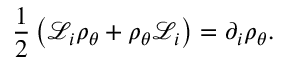
\frac { 1 } { 2 } \left( \mathscr { L } _ { i } \rho _ { \boldsymbol { \theta } } + \rho _ { \boldsymbol { \theta } } \mathscr { L } _ { i } \right) = \partial _ { { i } } \rho _ { \boldsymbol { \theta } } .